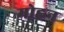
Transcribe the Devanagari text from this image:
मोह्नन